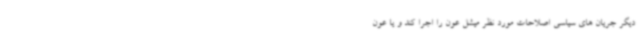
دیگر جریان های سیاسی اصلاحات مورد نظر میشل عون را اجرا کند و یا عون